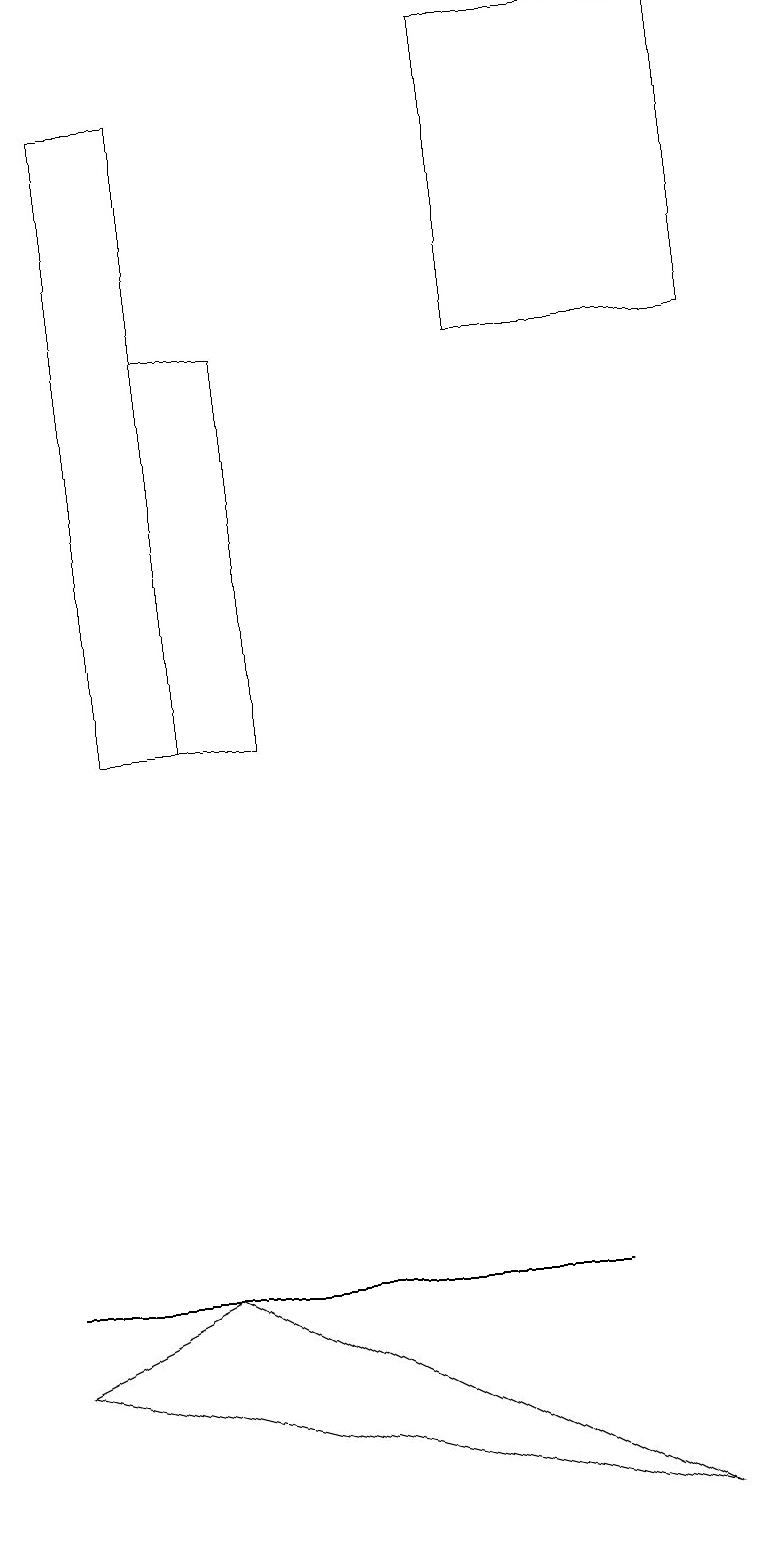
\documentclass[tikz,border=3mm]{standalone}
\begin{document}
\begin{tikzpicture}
\draw (3,15) rectangle (2,10);
\draw (8,0) -- (2,3) -- (0,2) -- cycle;
\draw (9,19) rectangle (6,15);
\draw (2,10) rectangle (1,18);
\draw (0,3) -- (7,3) -- (2,3) -- cycle;
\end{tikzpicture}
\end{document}